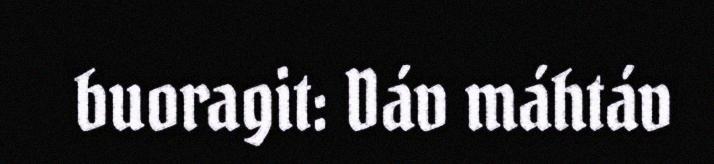
buoragit: Dáv máhtáv